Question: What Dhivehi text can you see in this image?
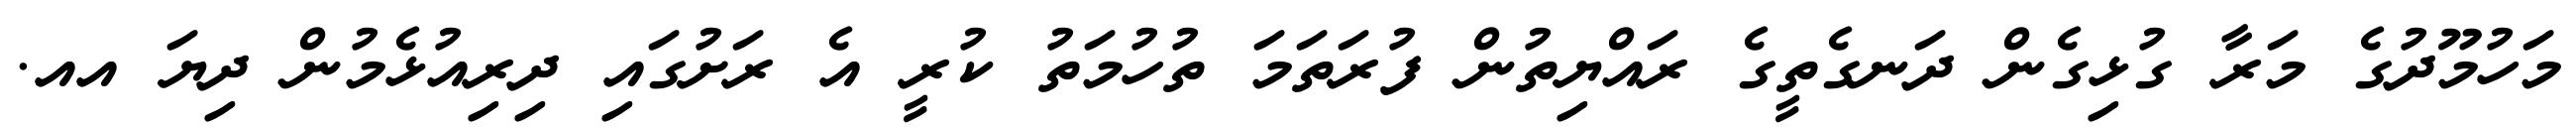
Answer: މަހުމޫދުގެ މަރާ ގުޅިގެން ދަނގެތީގެ ރައްޔިތުން ފުރަތަމަ ތުހުމަތު ކުރީ އެ ރަށުގައި ދިރިއުޅެމުން ދިޔަ އއ.